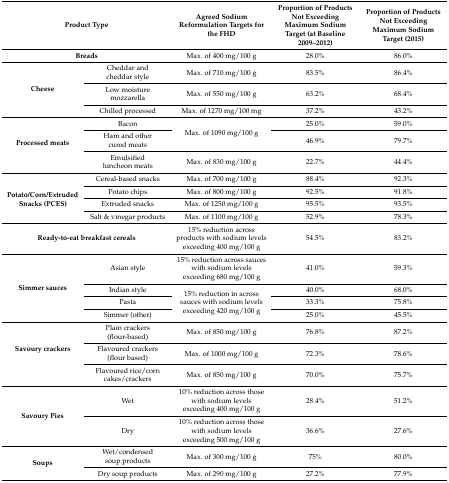
<table><thead><tr><td colspan="2"><b>Product Type</b></td><td><b>Agreed Sodium Reformulation Targets for the FHD</b></td><td><b>Proportion of Products Not Exceeding Maximum Sodium Target (at Baseline 2009–2012)</b></td><td><b>Proportion of Products Not Exceeding Maximum Sodium Target (2015)</b></td></tr></thead><tbody><tr><td colspan="2"><b>Breads</b></td><td>Max. of 400 mg/100 g</td><td>28.0%</td><td>86.0%</td></tr><tr><td rowspan="3"><b>Cheese</b></td><td>Cheddar and cheddar style</td><td>Max. of 710 mg/100 g</td><td>83.5%</td><td>86.4%</td></tr><tr><td>Low moisture mozzarella</td><td>Max. of 550 mg/100 g</td><td>63.2%</td><td>68.4%</td></tr><tr><td>Chilled processed</td><td>Max. of 1270 mg/100 mg</td><td>37.2%</td><td>43.2%</td></tr><tr><td rowspan="3"><b>Processed meats</b></td><td>Bacon</td><td rowspan="2">Max. of 1090 mg/100 g</td><td>25.0%</td><td>59.0%</td></tr><tr><td>Ham and other cured meats</td><td>46.9%</td><td>79.7%</td></tr><tr><td>Emulsified luncheon meats</td><td>Max. of 830 mg/100 g</td><td>22.7%</td><td>44.4%</td></tr><tr><td rowspan="4"><b>Potato/Corn/Extruded Snacks (PCES)</b></td><td>Cereal-based snacks</td><td>Max. of 700 mg/100 g</td><td>88.4%</td><td>92.3%</td></tr><tr><td>Potato chips</td><td>Max. of 800 mg/100 g</td><td>92.5%</td><td>91.8%</td></tr><tr><td>Extruded snacks</td><td>Max. of 1250 mg/100 g</td><td>95.5%</td><td>93.5%</td></tr><tr><td>Salt &amp; vinegar products</td><td>Max. of 1100 mg/100 g</td><td>52.9%</td><td>78.3%</td></tr><tr><td colspan="2"><b>Ready-to-eat breakfast cereals</b></td><td>15% reduction across products with sodium levels exceeding 400 mg/100 g</td><td>54.5%</td><td>83.2%</td></tr><tr><td rowspan="4"><b>Simmer sauces</b></td><td>Asian style</td><td>15% reduction across sauces with sodium levels exceeding 680 mg/100 g</td><td>41.0%</td><td>59.3%</td></tr><tr><td>Indian style</td><td rowspan="3">15% reduction in across sauces with sodium levels exceeding 420 mg/100 g</td><td>40.0%</td><td>68.0%</td></tr><tr><td>Pasta</td><td>33.3%</td><td>75.8%</td></tr><tr><td>Simmer (other)</td><td>25.0%</td><td>45.5%</td></tr><tr><td rowspan="3"><b>Savoury crackers</b></td><td>Plain crackers (flour-based)</td><td>Max. of 850 mg/100 g</td><td>76.8%</td><td>87.2%</td></tr><tr><td>Flavoured crackers (flour based)</td><td>Max. of 1000 mg/100 g</td><td>72.3%</td><td>78.6%</td></tr><tr><td>Flavoured rice/corn cakes/crackers</td><td>Max. of 850 mg/100 g</td><td>70.0%</td><td>75.7%</td></tr><tr><td rowspan="2"><b>Savoury Pies</b></td><td>Wet</td><td>10% reduction across those with sodium levels exceeding 400 mg/100 g</td><td>28.4%</td><td>51.2%</td></tr><tr><td>Dry</td><td>10% reduction across those with sodium levels exceeding 500 mg/100 g</td><td>36.6%</td><td>27.6%</td></tr><tr><td rowspan="2"><b>Soups</b></td><td>Wet/condensed soup products</td><td>Max. of 300 mg/100 g</td><td>75%</td><td>80.0%</td></tr><tr><td>Dry soup products</td><td>Max. of 290 mg/100 g</td><td>27.2%</td><td>77.9%</td></tr></tbody></table>